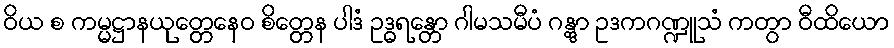
ဝိယ စ ကမ္မဋ္ဌာနယုတ္တေနေဝ စိတ္တေန ပါဒံ ဥဒ္ဓရန္တော ဂါမသမီပံ ဂန္တွာ ဥဒကဂဏ္ဍူသံ ကတွာ ဝီထိယော